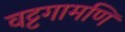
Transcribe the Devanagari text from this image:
वट्टगामणि